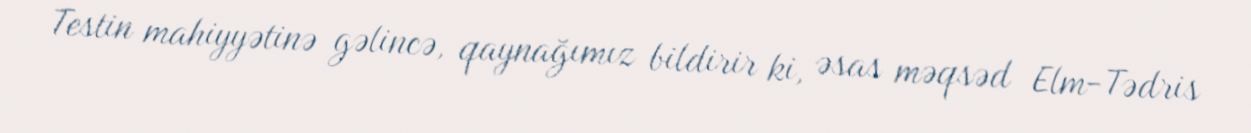
Testin mahiyyətinə gəlincə, qaynağımız bildirir ki, əsas məqsəd Elm-Tədris